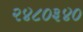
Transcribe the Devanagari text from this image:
२४८०३४०